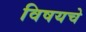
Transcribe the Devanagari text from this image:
विषयचे